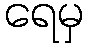
ရေမှ